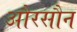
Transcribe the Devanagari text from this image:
औरसौन